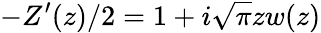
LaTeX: -Z^{\prime}(z)/2=1+i\sqrt{\pi}zw(z)